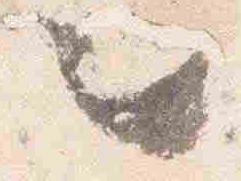
々